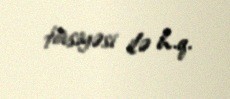
tövsiyəsi ilə h.q.